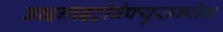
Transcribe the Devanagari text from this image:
डाइनाइट्रोबेफ्युराक्सेन